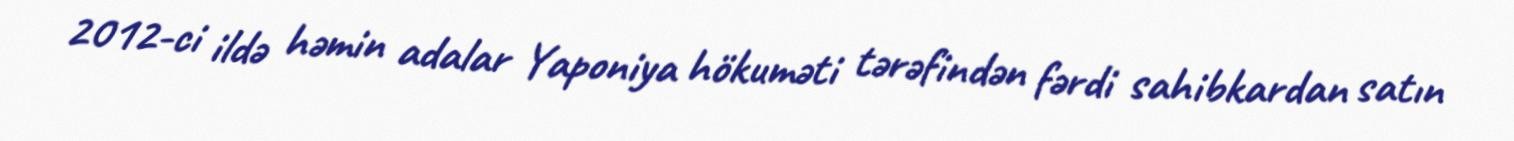
2012-ci ildə həmin adalar Yaponiya hökuməti tərəfindən fərdi sahibkardan satın